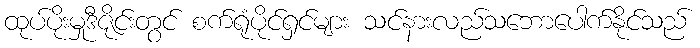
ထုပ်ပိုးမှုဒီဇိုင်းတွင် စက်ရုံပိုင်ရှင်များ သင်နားလည်သဘောပေါက်နိုင်သည်